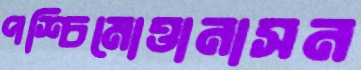
পশ্চিমোত্তানাসন